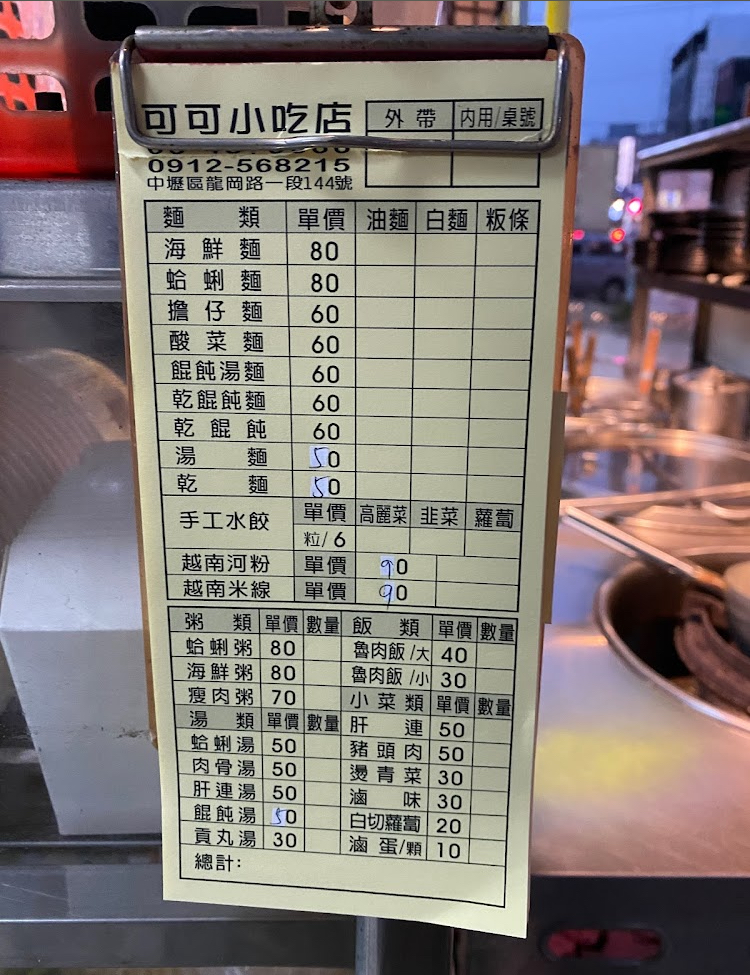
餐廳：可可小吃店
地址：中壢區龍岡路段144號
電話：0912-568215
菜單：
name: 海鮮麵
price: 80
name: 蛤蜊湯麵
price: 80
name: 擔仔麵
price: 60
name: 乾麵
price: 60
name: 餛飩湯麵
price: 60
name: 乾餛飩麵
price: 60
name: 手工水餃
price: 6
name: 越南河粉
price: 90
name: 越南米線
price: 90
name: 蛤蜊粥
price: 80
name: 海鮮粥
price: 80
name: 瘦肉粥
price: 70
name: 蛤蜊湯
price: 50
name: 肉骨湯
price: 50
name: 肝連湯
price: 50
name: 餛飩湯
price: 50
name: 貢丸湯
price: 30
name: 魯肉飯(大)
price: 40
name: 魯肉飯(小)
price: 30
name: 肝連
price: 50
name: 豬頭肉
price: 50
name: 燙青菜
price: 30
name: 滷味
price: 30
name: 白切蘿蔔
price: 20
name: 滷蛋
price: 10